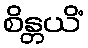
စိန္တယိံ